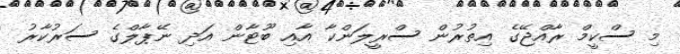
މި ސްކީމް ރާއްޖޭގެ އިތުރުން ސްރީލަންކާ އާއި ބޫޓާން އަދި ނޭޕާލްގެ ސަރުކާރު